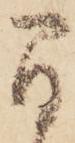
間